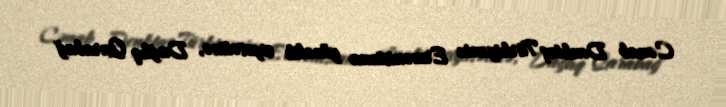
Cənab Denktaş Türkiyənin Ermənistana yönəlik siyasətinə, Dağlıq Qarabağ